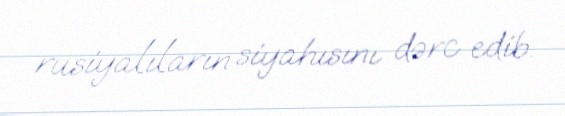
rusiyalıların siyahısını dərc edib.